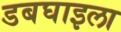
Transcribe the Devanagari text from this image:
डबघाइला